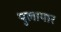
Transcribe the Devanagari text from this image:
पुलायार